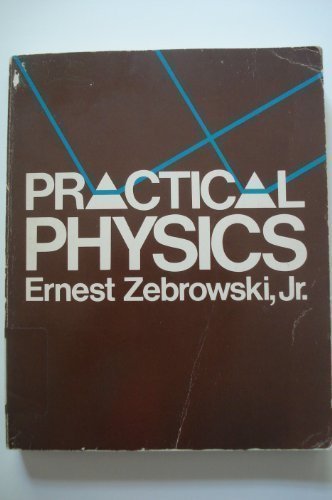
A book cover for Practical Physics; Ernest Zebrowski; Science & Math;